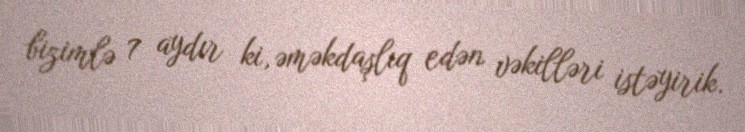
bizimlə 7 aydır ki, əməkdaşlıq edən vəkilləri istəyirik.